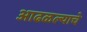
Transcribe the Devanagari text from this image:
आढळल्याचे